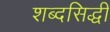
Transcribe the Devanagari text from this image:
शब्दसिद्धी